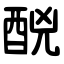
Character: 䣴